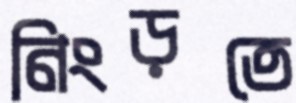
নিংড়তে